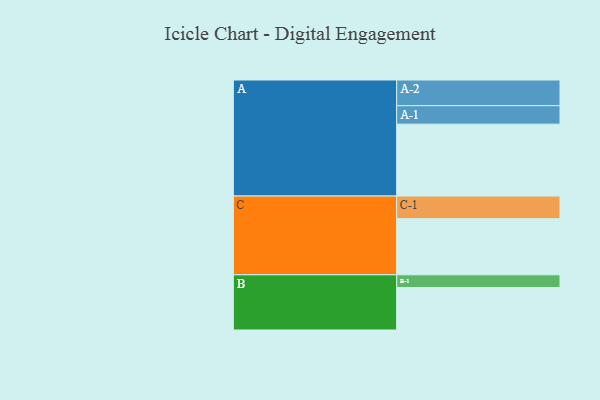
{"axis": {"x": "Segment", "y": "Value"}, "legend": ["", "A", "B", "C"], "data": [{"x": "A", "y": 521, "type": ""}, {"x": "B", "y": 308, "type": ""}, {"x": "C", "y": 407, "type": ""}, {"x": "A-1", "y": 134, "type": "A"}, {"x": "A-2", "y": 186, "type": "A"}, {"x": "B-1", "y": 92, "type": "B"}, {"x": "C-1", "y": 164, "type": "C"}]}